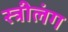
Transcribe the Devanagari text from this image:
स्त्रीलंग